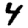
Digit: 4